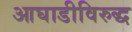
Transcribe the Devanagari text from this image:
आघाडीविरुद्ध